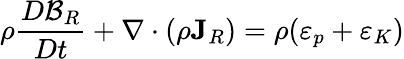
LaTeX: \rho\frac{D{\cal B}_{R}}{Dt}+\nabla\cdot(\rho{\mathbf J}_{R})=\rho(\varepsilon_{p}+\varepsilon_{K})